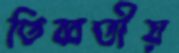
তিব্বতীয়